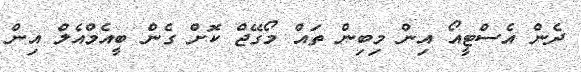
ދެން އެސްޓީއޯ އިން މިބިން ތައް މޯގޭޖް ކޮށް ގެން ބީއެމްއެލް އިން